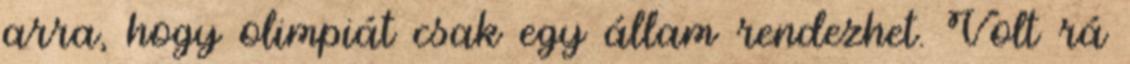
arra, hogy olimpiát csak egy állam rendezhet. Volt rá